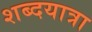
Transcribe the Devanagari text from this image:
शब्दयात्रा